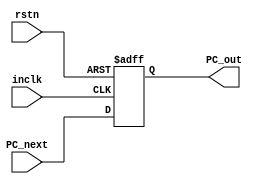
module PC (
    input inclk, // Clock
    input rstn,   // Reset Signal

    input      [31:0] PC_next, // Next PC address
    output reg [31:0] PC_out   // Current PC address
);

    always @(posedge inclk, negedge rstn) begin
        if (!rstn) begin
            PC_out <= 32'b0;
        end else begin
            PC_out <= PC_next;
        end
    end

endmodule